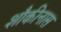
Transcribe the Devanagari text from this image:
शौकीनास